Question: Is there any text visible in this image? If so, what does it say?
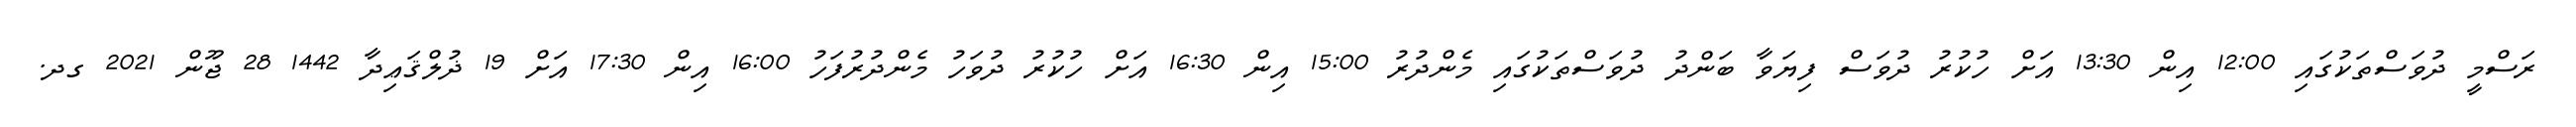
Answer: ރަސްމީ ދުވަސްތަކުގައި 12:00 އިން 13:30 އަށް ހުކުރު ދުވަސް ފިޔަވާ ބަންދު ދުވަސްތަކުގައި މެންދުރު 15:00 އިން 16:30 އަށް ހުކުރު ދުވަހު މެންދުރުފަހު 16:00 އިން 17:30 އަށް 19 ޛުލްޤަޢިދާ 1442 28 ޖޫން 2021 ގދ.